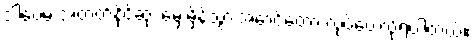
ဒါပေမဲ့ အတတ်နိုင်ဆုံး မှေးမှိန်သွားအောင်တော့ လုပ်ပေးလို့ရပါတယ်။